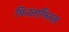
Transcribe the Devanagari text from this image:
फिरताफिरता